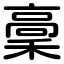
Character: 稾